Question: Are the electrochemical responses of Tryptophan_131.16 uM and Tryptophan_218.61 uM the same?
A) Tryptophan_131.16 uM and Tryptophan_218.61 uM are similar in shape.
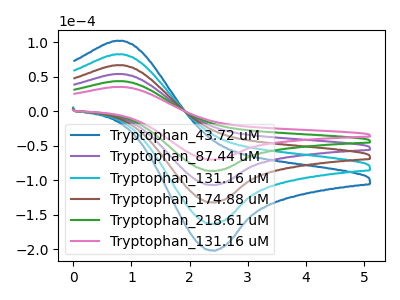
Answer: <think>The blue curve "Tryptophan_43.72 uM" has an anodic peak at (0.80V, 219.55uA) and a cathodic peak at (2.40V, -432.40uA). The purple curve "Tryptophan_87.44 uM" has an anodic peak at (0.80V, 87.80uA) and a cathodic peak at (2.40V, -172.95uA). The cyan curve "Tryptophan_131.16 uM" has an anodic peak at (0.80V, 175.65uA) and a cathodic peak at (2.40V, -345.90uA). The brown curve "Tryptophan_174.88 uM" has an anodic peak at (0.80V, 131.70uA) and a cathodic peak at (2.40V, -259.45uA). The green curve "Tryptophan_218.61 uM" has an anodic peak at (0.80V, 43.90uA) and a cathodic peak at (2.40V, -86.50uA). The pink curve "Tryptophan_131.16 uM" has an anodic peak at (0.80V, 35.50uA) and a cathodic peak at (2.40V, -69.95uA).
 All the peaks in "Tryptophan_131.16 uM" have a peak in "Tryptophan_218.61 uM" at the same potential. Every peak in "Tryptophan_131.16 uM" is lower than every peak in "Tryptophan_218.61 uM".</think>
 <answer>A) "Tryptophan_131.16 uM" and "Tryptophan_218.61 uM" are similar in shape.</answer>
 <eval>A</eval>